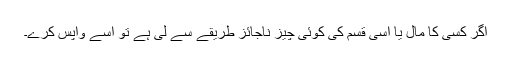
اگر کسی کا مال یا اسی قسم کی کوئی چیز ناجائز طریقے سے لی ہے تو اسے واپس کرے۔